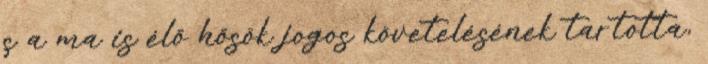
s a ma is élő hősök jogos követelésének tartotta,